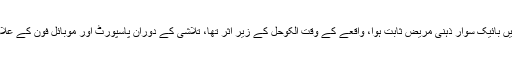
ایکسپریس کے مطابق ابتدائی تفتیش میں بائیک سوار ذہنی مریض ثابت ہوا، واقعے کے وقت الکوحل کے زیر اثر تھا، تلاشی کے دوران پاسپورٹ اور موبائل فون کے علاوہ کوئی ممنوعہ چیز برآمد نہیں ہوئی۔